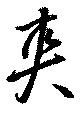
爽